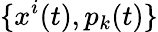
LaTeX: \{ x^{i}(t),p_{k}(t)\}